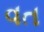
વત